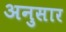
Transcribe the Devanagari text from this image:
अनुसार